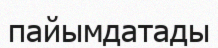
пайымдатады